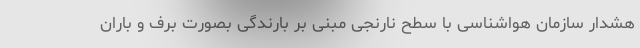
هشدار سازمان هواشناسی با سطح نارنجی مبنی بر بارندگی بصورت برف و باران